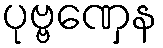
ပုဗ္ဗဏှေန